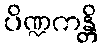
ပိဏ္ဍကန္တိ